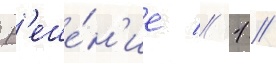
Р'еше́н'ие // 1 //